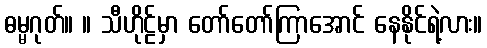
ဓမ္မဂုတ်။ ။ သီဟိုဠ်မှာ တော်တော်ကြာအောင် နေနိုင်ရဲ့လား။